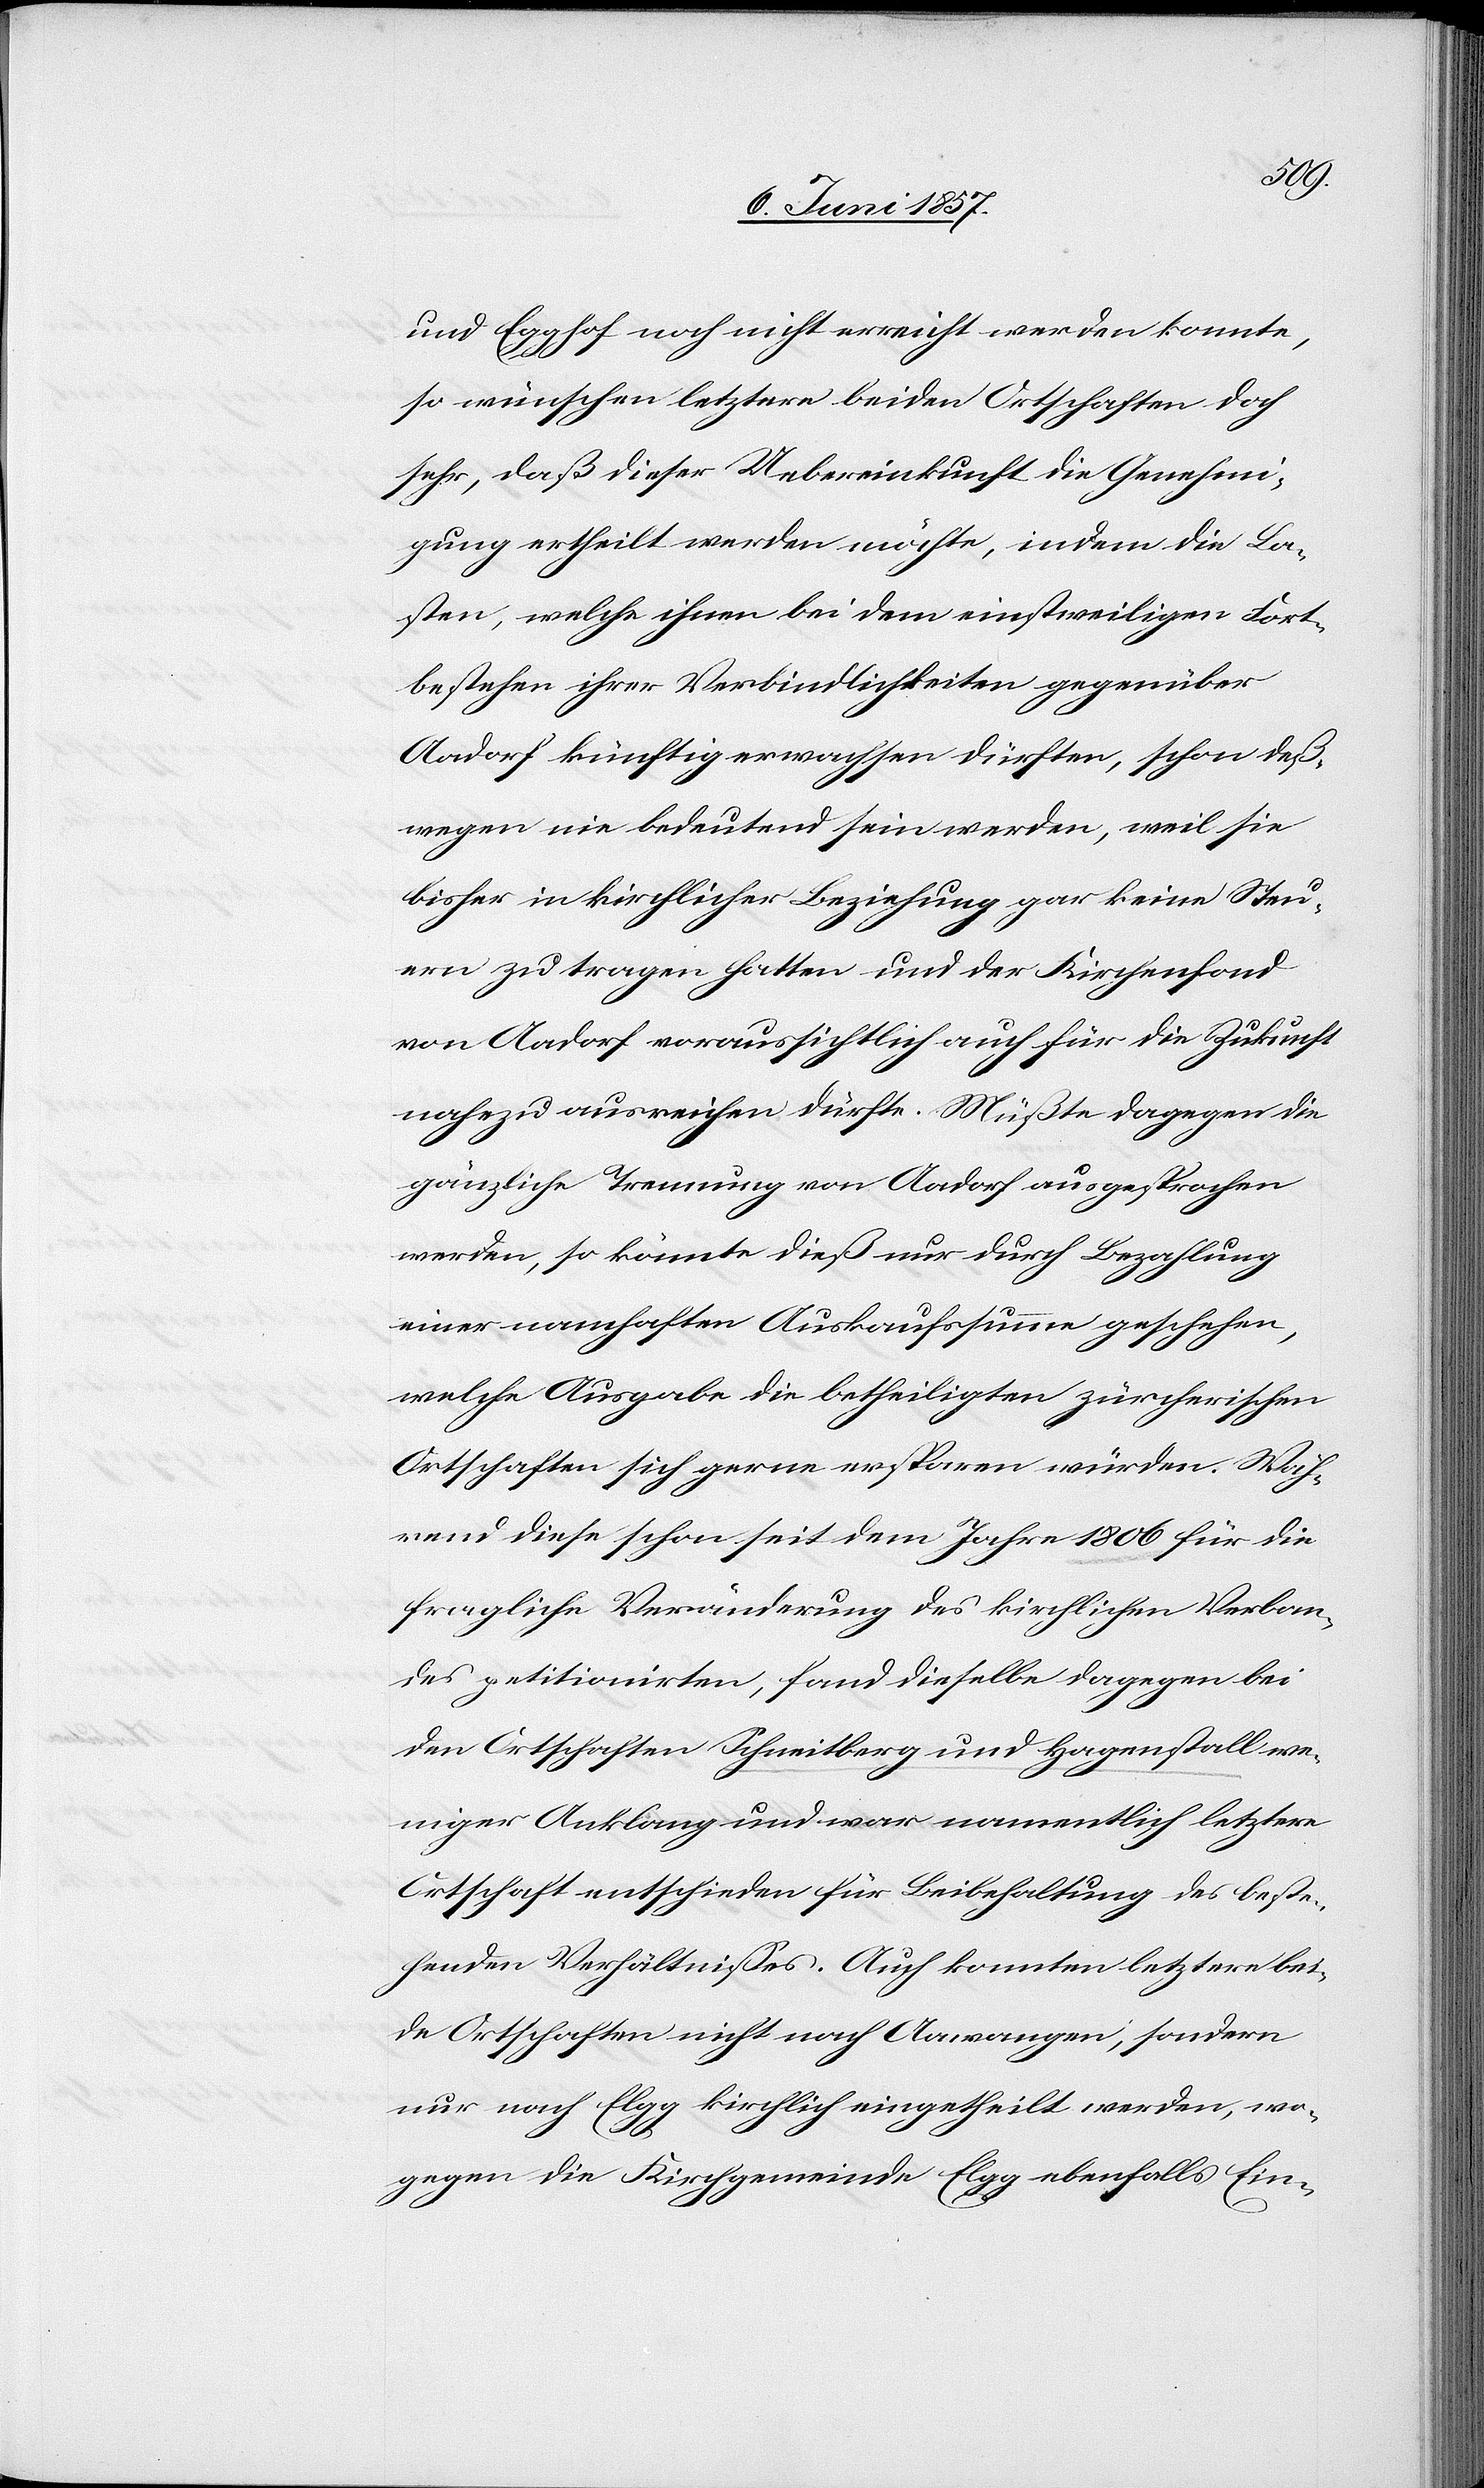
und Egghof noch nicht erreicht werden konnte,
so wünschen letztere beiden Ortschaften doch
sehr, daß dieser Uebereinkunft die Genehmi¬
gung ertheilt werden möchte, indem die La¬
sten, welche ihnen bei dem einstweiligen Fort¬
bestehen ihrer Verbindlichkeiten gegenüber
Aadorf künftig erwachsen dürften, schon deß¬
wegen nie bedeutend sein werden, weil sie
bisher in kirchlicher Beziehung gar keine Steu¬
ern zu tragen hatten und der Kirchenfond
von Aadorf voraussichtlich auch für die Zukunft
nahezu ausreichen dürfte. Müßte dagegen die
gänzliche Trennung von Aadorf ausgesprochen
werden, so könnte dieß nur durch Bezahlung
einer namhaften Auskaufssumme geschehen,
welche Ausgabe die betheiligten zürcherischen
Ortschaften sich gerne ersparen würden. Wäh¬
rend diese schon seit dem Jahre 1806 für die
fragliche Veränderung des kirchlichen Verban¬
des petitionirten, fand dieselbe dagegen bei
den Ortschaften Schneitberg und Hagenstall we¬
niger Anklang und war namentlich letztere
Ortschaft entschieden für Beibehaltung des beste¬
henden Verhältnisses. Auch konnten letztere bei¬
de Ortschaften nicht nach Aawangen, sondern
nur nach Elgg kirchlich eingetheilt werden, wo¬
gegen die Kirchgemeinde Elgg ebenfalls Ein-